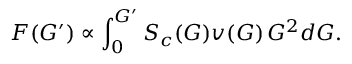
F ( G ^ { \prime } ) \propto \int _ { 0 } ^ { G ^ { \prime } } S _ { c } ( G ) v ( G ) \, G ^ { 2 } d G .